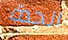
الجدة